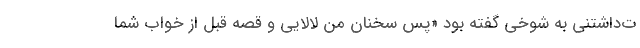
ت‌داشتنی به شوخی گفته بود «پس سخنان من لالایی و قصه قبل از خواب شما